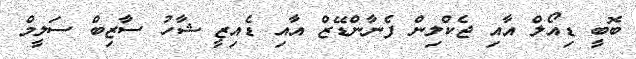
ބޮބީ ޑިއޯލް އާއި ޖެކްލިން ފެނާންޑޭޒް އާއި ޑެއިޒީ ޝާހު ސާޒިބް ސަލީމް